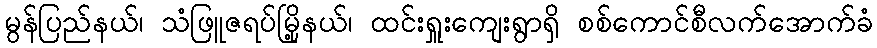
မွန်ပြည်နယ်၊ သံဖြူဇရပ်မြို့နယ်၊ ထင်းရှူးကျေးရွာရှိ စစ်ကောင်စီလက်အောက်ခံ